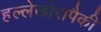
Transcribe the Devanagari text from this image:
हल्लेखोरांपैकी